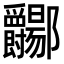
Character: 𫑲